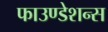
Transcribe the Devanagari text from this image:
फाउण्डेशन्स